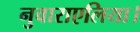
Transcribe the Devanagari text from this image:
नुवाराएलिया।